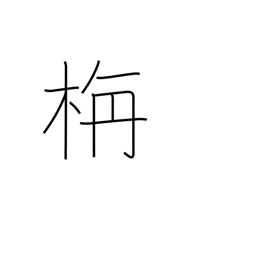
Meaning: colorful autumn foliage